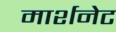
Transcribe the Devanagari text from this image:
मार्शनेट